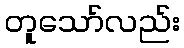
တူသော်လည်း